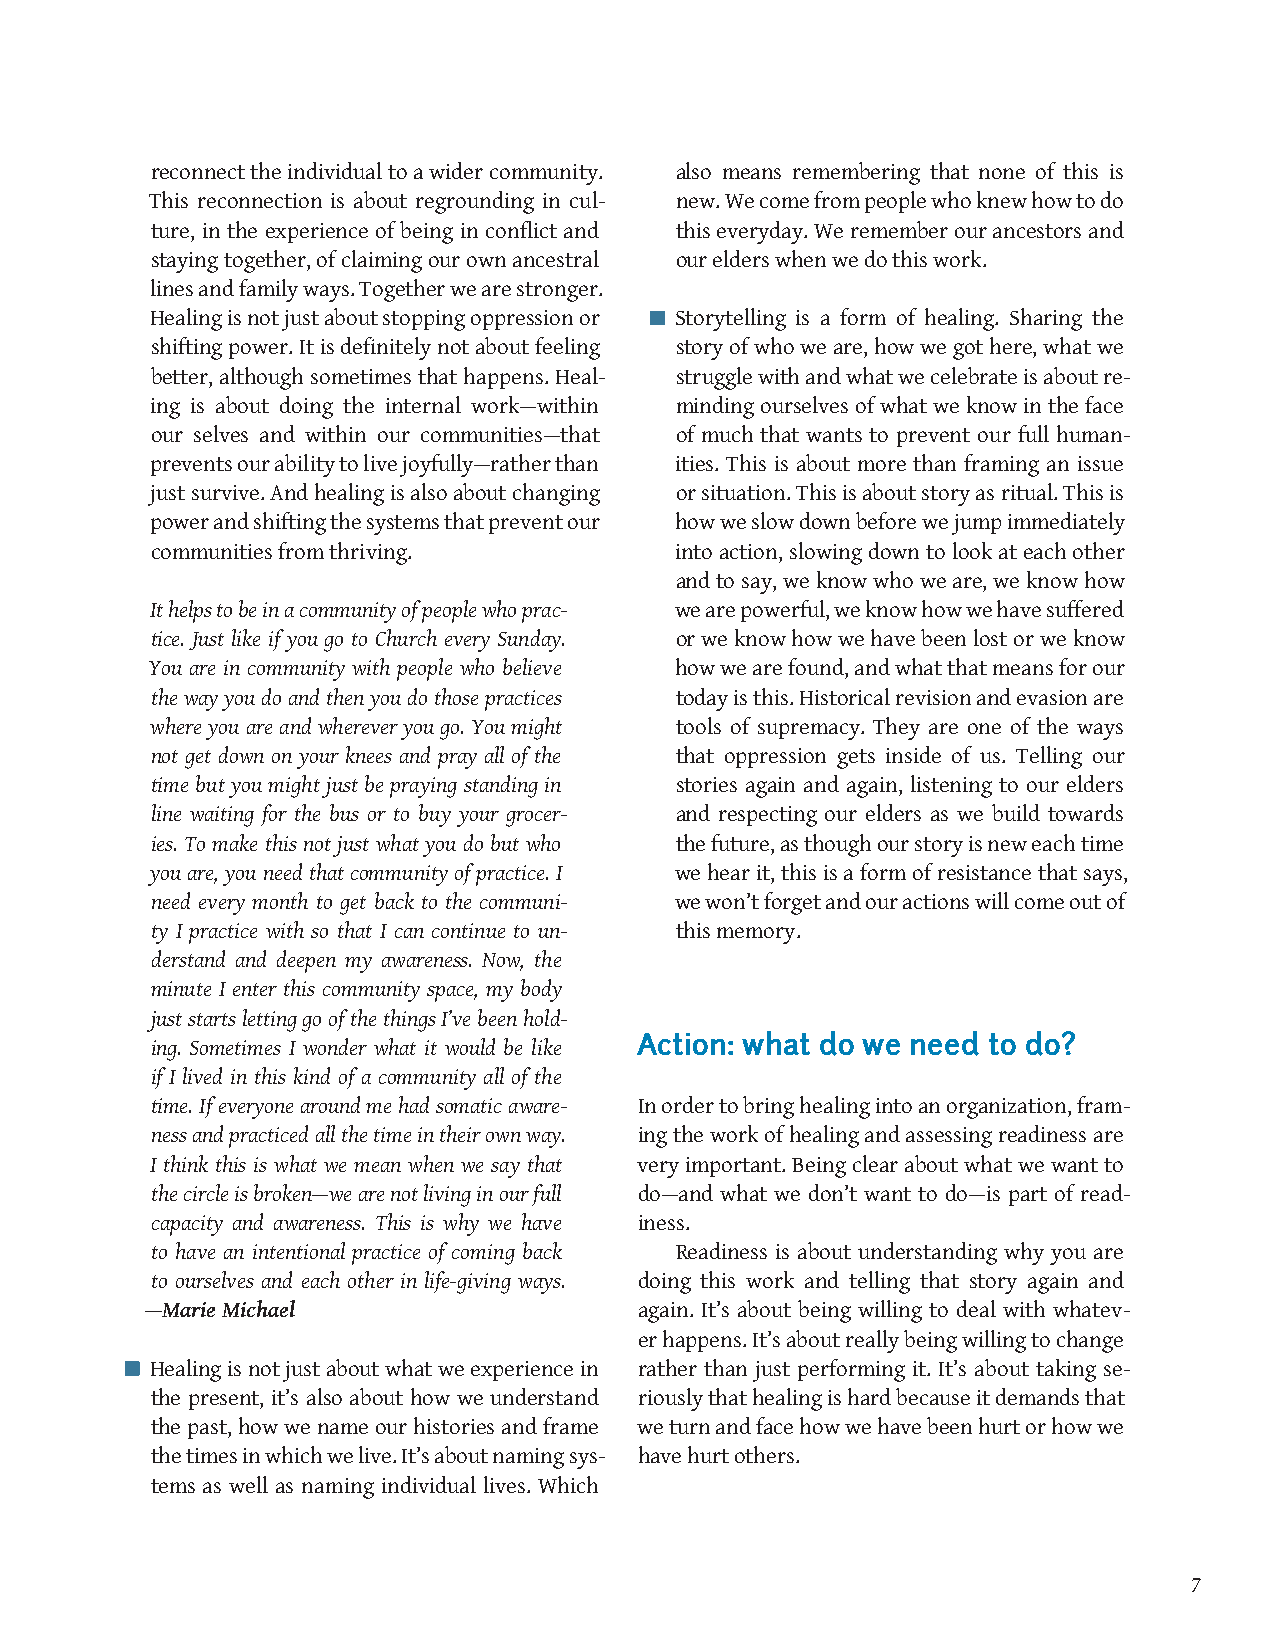
reconnect the individual to a wider community. also means remembering that none of this is
 This reconnection is about regrounding in cul- new. We come from people who knew how to do
 ture, in the experience of being in conflict and this everyday. We remember our ancestors and
 staying together, of claiming our own ancestral our elders when we do this work.
 lines and family ways. Together we are stronger.
 Healing is not just about stopping oppression or Storytelling is a form of healing. Sharing the
 shifting power. It is definitely not about feeling story of who we are, how we got here, what we
 better, although sometimes that happens. Heal- struggle with and what we celebrate is about re-
 ing is about doing the internal work—within minding ourselves of what we know in the face
 our selves and within our communities—that of much that wants to prevent our full human-
 prevents our ability to live joyfully—rather than ities. This is about more than framing an issue
 just survive. And healing is also about changing or situation. This is about story as ritual. This is
 power and shifting the systems that prevent our how we slow down before we jump immediately
 communities from thriving.         into action, slowing down to look at each other
 and to say, we know who we are, we know how
 It helps to be in a community of people who prac- we are powerful, we know how we have suffered
 tice. Just like if you go to Church every Sunday. or we know how we have been lost or we know
 You are in community with people who believe how we are found, and what that means for our
 the way you do and then you do those practices today is this. Historical revision and evasion are
 where you are and wherever you go. You might tools of supremacy. They are one of the ways
 not get down on your knees and pray all of the that oppression gets inside of us. Telling our
 time but you might just be praying standing in stories again and again, listening to our elders
 line waiting for the bus or to buy your grocer- and respecting our elders as we build towards
 ies. To make this not just what you do but who the future, as though our story is new each time
 you are, you need that community of practice. I we hear it, this is a form of resistance that says,
 need every month to get back to the communi- we won’t forget and our actions will come out of
 ty I practice with so that I can continue to un- this memory.
 derstand and deepen my awareness. Now, the
 minute I enter this community space, my body
 just starts letting go of the things I’ve been hold-
 Action: what do we need to do?
 ing. Sometimes I wonder what it would be like
 if I lived in this kind of a community all of the
 time. If everyone around me had somatic aware- In order to bring healing into an organization, fram-
 ness and practiced all the time in their own way. ing the work of healing and assessing readiness are
 I think this is what we mean when we say that very important. Being clear about what we want to
 the circle is broken—we are not living in our full do—and what we don’t want to do—is part of read-
 capacity and awareness. This is why we have iness.
 to have an intentional practice of coming back Readiness is about understanding why you are
 to ourselves and each other in life-giving ways. doing this work and telling that story again and
 —Marie Michael                  again. It’s about being willing to deal with whatev-
 er happens. It’s about really being willing to change
 Healing is not just about what we experience in rather than just performing it. It’s about taking se-
 the present, it’s also about how we understand riously that healing is hard because it demands that
 the past, how we name our histories and frame we turn and face how we have been hurt or how we
 the times in which we live. It’s about naming sys- have hurt others.
 tems as well as naming individual lives. Which
 7